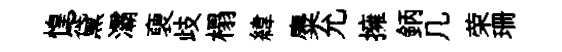
惶~黛灞褏歧榻緯麋允擁鈵几荣珊